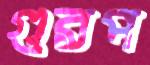
গুরপ